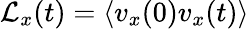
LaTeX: \mathcal{L}_{x}(t)=\langle v_{x}(0)v_{x}(t)\rangle